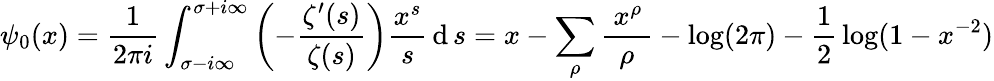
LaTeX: \psi_{0}(x)={\frac{1}{2\pi i}}\int_{\sigma-i\infty}^{\sigma+i\infty}\left(-{\frac{\zeta^{\prime}(s)}{\zeta(s)}}\right){\frac{x^{s}}{s}}\operatorname{d}s=x-\sum_{\rho}{\frac{~x^{\rho}\, }{\rho}}-\log(2\pi)-{\frac{1}{2}}\log(1-x^{-2})